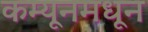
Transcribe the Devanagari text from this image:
कम्यूनमधून